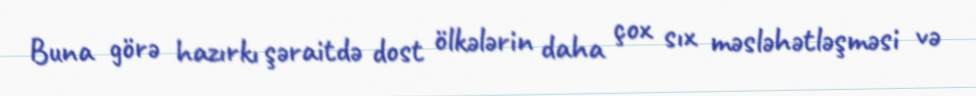
Buna görə hazırkı şəraitdə dost ölkələrin daha çox sıx məsləhətləşməsi və